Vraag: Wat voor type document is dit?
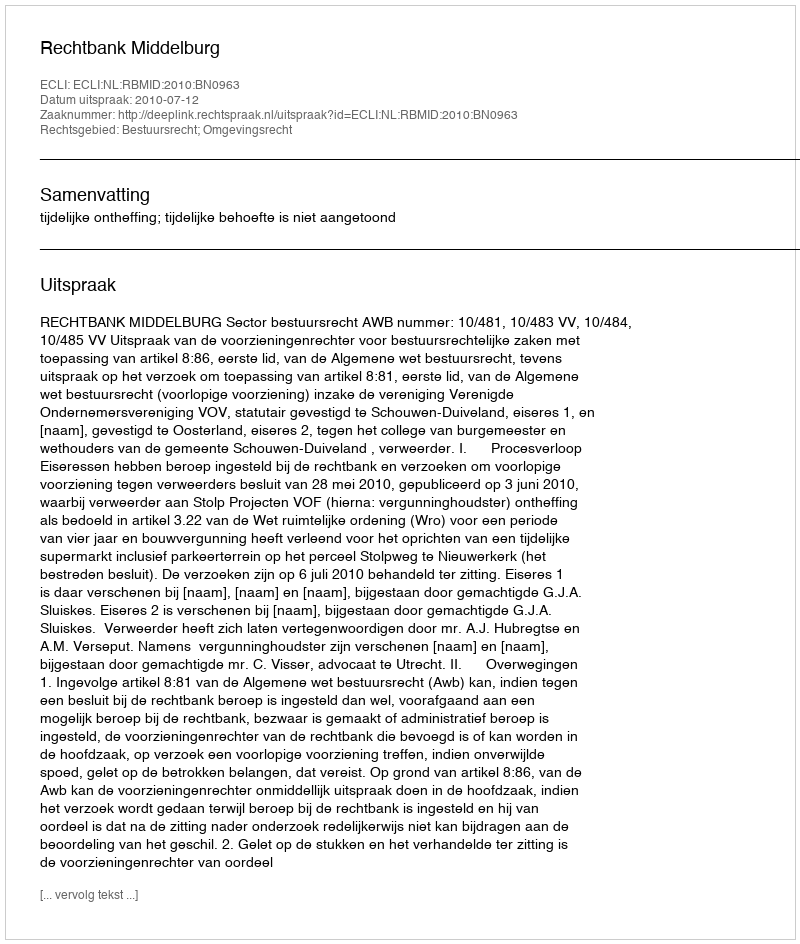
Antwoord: Uitspraak